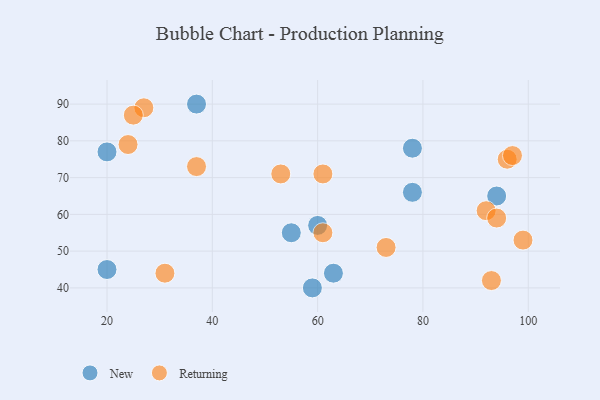
{"axis": {"x": "GDP", "y": "Life Expectancy"}, "legend": ["New", "Returning"], "data": [{"x": "59", "y": 40, "type": "New"}, {"x": "60", "y": 57, "type": "New"}, {"x": "55", "y": 55, "type": "New"}, {"x": "94", "y": 65, "type": "New"}, {"x": "37", "y": 90, "type": "New"}, {"x": "20", "y": 45, "type": "New"}, {"x": "78", "y": 78, "type": "New"}, {"x": "63", "y": 44, "type": "New"}, {"x": "20", "y": 77, "type": "New"}, {"x": "78", "y": 66, "type": "New"}, {"x": "61", "y": 71, "type": "Returning"}, {"x": "73", "y": 51, "type": "Returning"}, {"x": "53", "y": 71, "type": "Returning"}, {"x": "99", "y": 53, "type": "Returning"}, {"x": "96", "y": 75, "type": "Returning"}, {"x": "27", "y": 89, "type": "Returning"}, {"x": "37", "y": 73, "type": "Returning"}, {"x": "24", "y": 79, "type": "Returning"}, {"x": "25", "y": 87, "type": "Returning"}, {"x": "93", "y": 42, "type": "Returning"}, {"x": "92", "y": 61, "type": "Returning"}, {"x": "31", "y": 44, "type": "Returning"}, {"x": "94", "y": 59, "type": "Returning"}, {"x": "61", "y": 55, "type": "Returning"}, {"x": "97", "y": 76, "type": "Returning"}]}